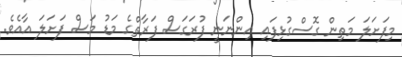
މިފަށަލަ މަތިން ގޮސްގުޅިފައި އިންނަނީ ފުރަގަސް ފަރާތްގެ މަޑު މަސް ފަށަލަ އާއެވެ.